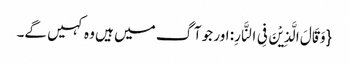
{وَ قَالَ الَّذِیْنَ فِی النَّارِ: اور جو آگ میں ہیں وہ کہیں گے۔